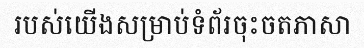
របស់យើងសម្រាប់ទំព័រចុះចតភាសា